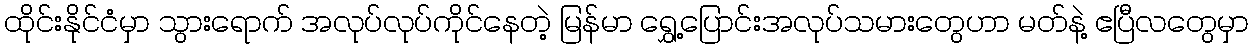
ထိုင်းနိုင်ငံမှာ သွားရောက် အလုပ်လုပ်ကိုင်နေတဲ့ မြန်မာ ရွှေ့ပြောင်းအလုပ်သမားတွေဟာ မတ်နဲ့ ဧပြီလတွေမှာ